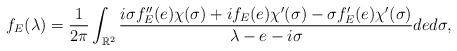
LaTeX: \begin{align*} f_{E}(\lambda)=\frac{1}{2\pi} \int_{\mathbb{R}^2} \frac{i\sigma f^{\prime \prime}_E(e)\chi(\sigma)+if_E(e)\chi^{\prime}({\sigma})-\sigma f^{\prime}_E(e) \chi^{\prime}(\sigma)}{\lambda-e-i\sigma}de d\sigma,\end{align*}